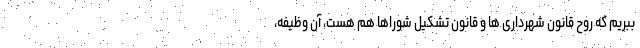
ببریم که روح قانون شهرداری ها و قانون تشکیل شوراها هم هست، آن وظیفه،